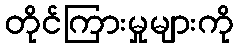
တိုင်ကြားမှုများကို